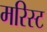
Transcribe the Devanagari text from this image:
मरिस्ट